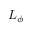
L _ { \phi }